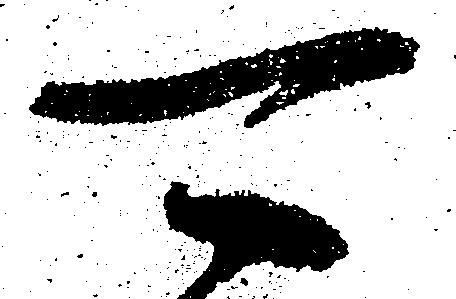
可